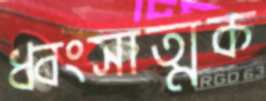
ধ্বংসাত্মক